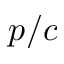
p / c